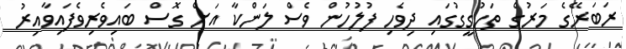
ރަބަރޭގެ މަރުގެ ތަހުގީގުގައި ދިވެހި ފުލުހުން ވެސް ލަންކާ އަށް ގޮސް ބައިވެރިވެފައިވާއިރު